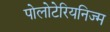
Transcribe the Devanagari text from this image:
पोलोटेरियनिज्म